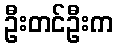
ဦးတင်ဦးက